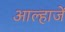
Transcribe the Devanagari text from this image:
आल्हाजें